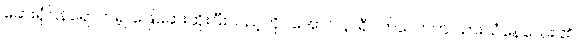
ဆေးရုံပြန်ရောက်၍ ဖြေဆေးထိုးပြီးသည့်တိုင်အောင် နာရီဝက်လောက် ယားယံနေသေး ၏။